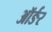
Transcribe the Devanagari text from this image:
ऑर्ङर